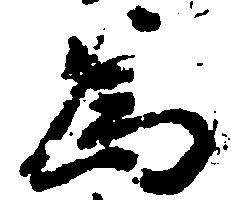
為